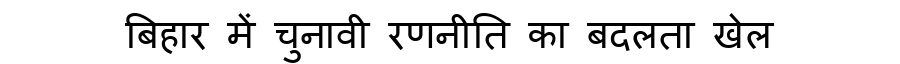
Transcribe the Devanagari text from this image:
बिहार में चुनावी रणनीति का बदलता खेल